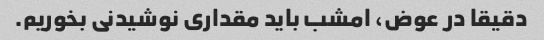
دقیقا در عوض، امشب باید مقداری نوشیدنی بخوریم.